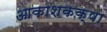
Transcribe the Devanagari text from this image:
आकाशकक्षा